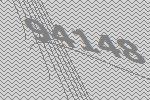
94148